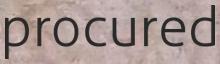
procured